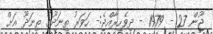
ޖޫން 27 - 1979 - ދިވެހިރާއްޖެ:- ހަވަރު ތިނަދޫގެ ތިނަދޫ އަށް